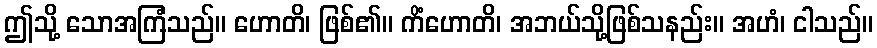
ဤသို့ သောအကြံသည်။ ဟောတိ၊ ဖြစ်၏။ ကိံဟောတိ၊ အဘယ်သို့ဖြစ်သနည်း။ အဟံ၊ ငါသည်။